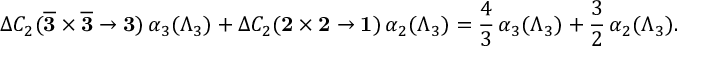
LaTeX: \Delta C _ { 2 } ( { \bf \overline { { { 3 } } } } \times { \bf \overline { { { 3 } } } } \rightarrow { \bf 3 } ) \, \alpha _ { 3 } ( \Lambda _ { 3 } ) + \Delta C _ { 2 } ( { \bf 2 } \times { \bf 2 } \rightarrow { \bf 1 } ) \, \alpha _ { 2 } ( \Lambda _ { 3 } ) = { \frac { 4 } { 3 } } \, \alpha _ { 3 } ( \Lambda _ { 3 } ) + { \frac { 3 } { 2 } } \, \alpha _ { 2 } ( \Lambda _ { 3 } ) .